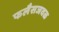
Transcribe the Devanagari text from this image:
फलैसजवळ